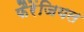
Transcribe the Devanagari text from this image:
फैरेंजियल